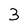
Character: 3